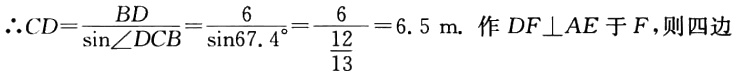
\(\therefore CD = \frac{BD}{\sin\angle DCB}=\frac{6}{\sin67.4^{\circ}}=\frac{6}{\frac{12}{13}} = 6.5\mathrm{~m}.\) 作 \(DF\perp AE\) 于 \(F\)，则四边